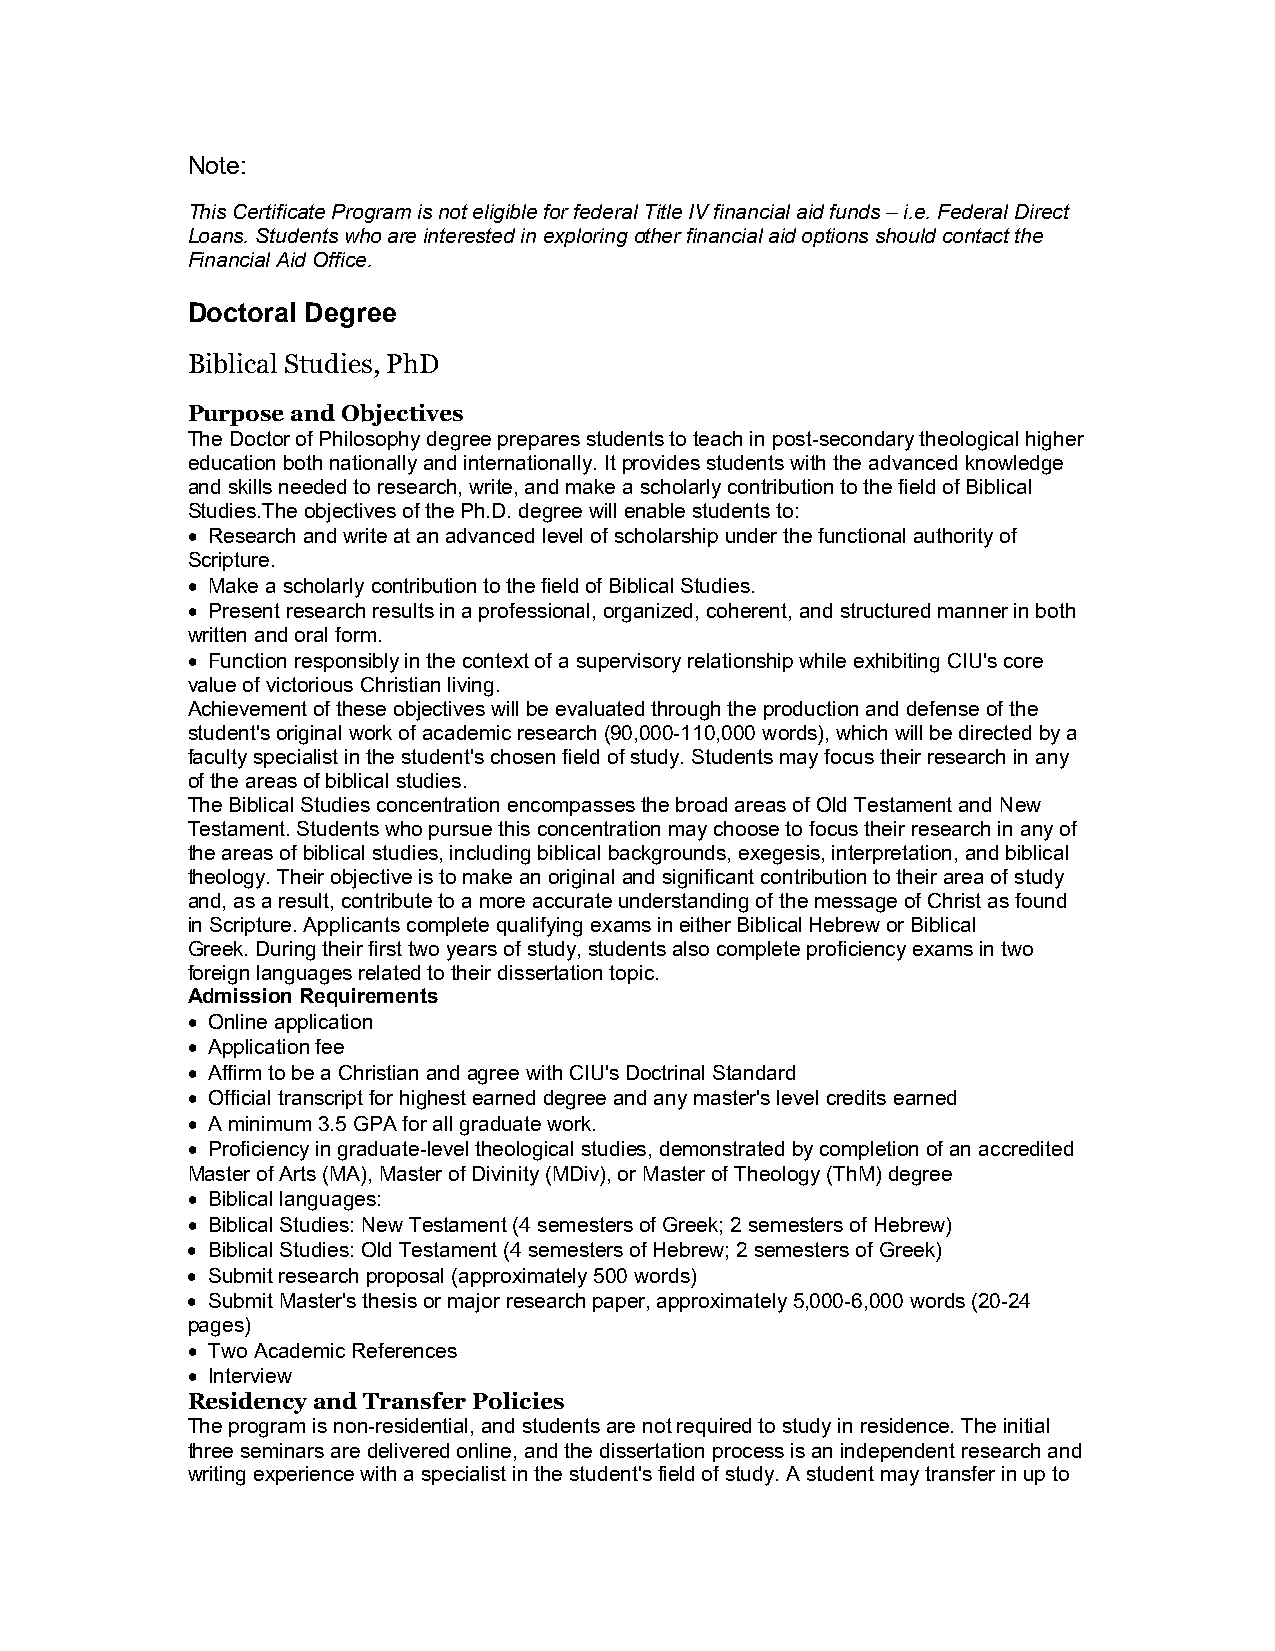
Note:
 This Certificate Program is not eligible for federal Title IV financial aid funds – i.e. Federal Direct
 Loans. Students who are interested in exploring other financial aid options should contact the
 Financial Aid Office.
 Doctoral Degree
 Biblical Studies, PhD
 Purpose and Objectives
 The Doctor of Philosophy degree prepares students to teach in post-secondary theological higher
 education both nationally and internationally. It provides students with the advanced knowledge
 and skills needed to research, write, and make a scholarly contribution to the field of Biblical
 Studies.The objectives of the Ph.D. degree will enable students to:
  Research and write at an advanced level of scholarship under the functional authority of
 Scripture.
  Make a scholarly contribution to the field of Biblical Studies.
  Present research results in a professional, organized, coherent, and structured manner in both
 written and oral form.
  Function responsibly in the context of a supervisory relationship while exhibiting CIU's core
 value of victorious Christian living.
 Achievement of these objectives will be evaluated through the production and defense of the
 student's original work of academic research (90,000-110,000 words), which will be directed by a
 faculty specialist in the student's chosen field of study. Students may focus their research in any
 of the areas of biblical studies.
 The Biblical Studies concentration encompasses the broad areas of Old Testament and New
 Testament. Students who pursue this concentration may choose to focus their research in any of
 the areas of biblical studies, including biblical backgrounds, exegesis, interpretation, and biblical
 theology. Their objective is to make an original and significant contribution to their area of study
 and, as a result, contribute to a more accurate understanding of the message of Christ as found
 in Scripture. Applicants complete qualifying exams in either Biblical Hebrew or Biblical
 Greek. During their first two years of study, students also complete proficiency exams in two
 foreign languages related to their dissertation topic.
 Admission Requirements
  Online application
  Application fee
  Affirm to be a Christian and agree with CIU's Doctrinal Standard
  Official transcript for highest earned degree and any master's level credits earned
  A minimum 3.5 GPA for all graduate work.
  Proficiency in graduate-level theological studies, demonstrated by completion of an accredited
 Master of Arts (MA), Master of Divinity (MDiv), or Master of Theology (ThM) degree
  Biblical languages:
  Biblical Studies: New Testament (4 semesters of Greek; 2 semesters of Hebrew)
  Biblical Studies: Old Testament (4 semesters of Hebrew; 2 semesters of Greek)
  Submit research proposal (approximately 500 words)
  Submit Master's thesis or major research paper, approximately 5,000-6,000 words (20-24
 pages)
  Two Academic References
  Interview
 Residency and Transfer Policies
 The program is non-residential, and students are not required to study in residence. The initial
 three seminars are delivered online, and the dissertation process is an independent research and
 writing experience with a specialist in the student's field of study. A student may transfer in up to